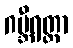
ဂမ္ဘီရတ္တာ